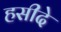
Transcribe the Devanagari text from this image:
हसीदे